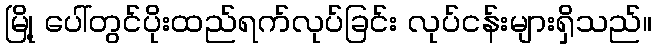
မြို့ ပေါ်တွင်ပိုးထည်ရက်လုပ်ခြင်း လုပ်ငန်းများရှိသည်။